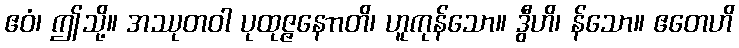
ဧဝံ၊ ဤသို့။ အဿုတဝါ ပုထုဇ္ဇနောာတိ၊ ဟူကုန်သော။ ဒွီဟိ၊ န်သော။ ဧတေဟိ